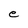
Character: e